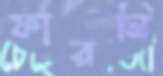
ফারনি